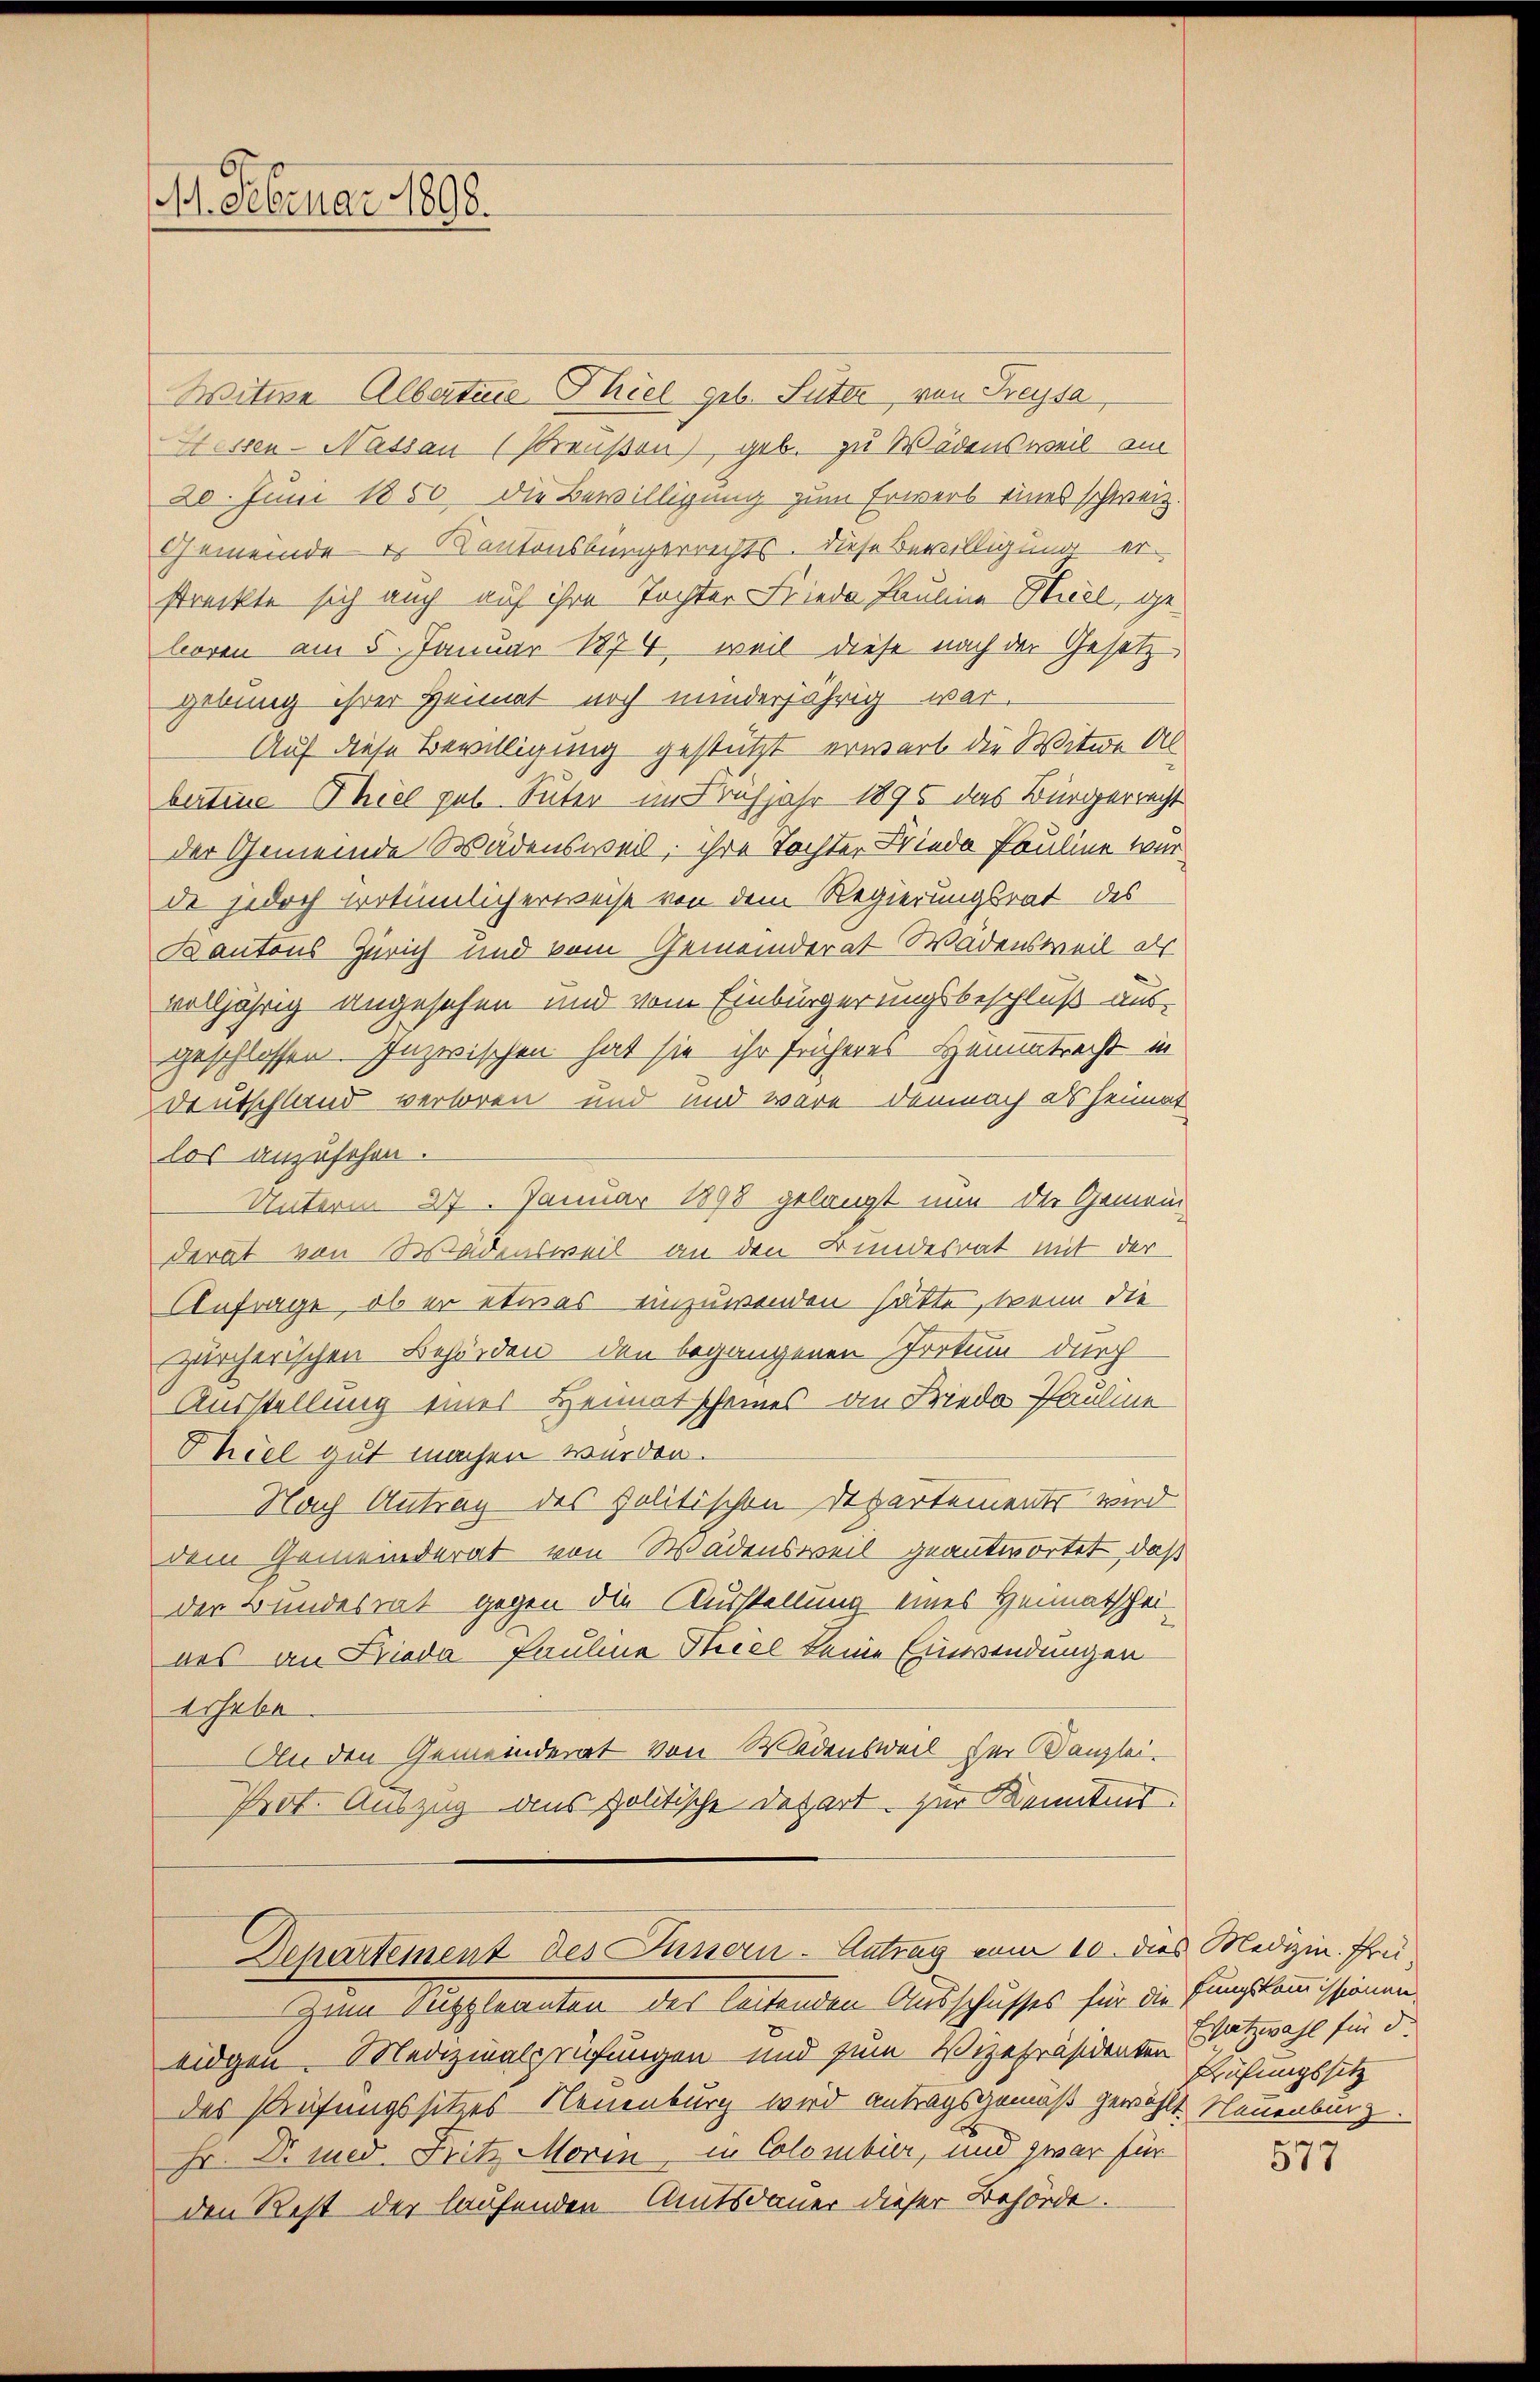
M. Februar 1898.

Departement des Fussern - Antrag vom 10. dies Medizin. Frei

Witwe Albertine Thiel geb. Suter, von Freysa
Hessen - Nassau (Preußen) geb. zu Wädensweil am
20. Juni 1850 die Bewilligung zum Erwerb eines schweiz.
Gemeinde & Kantonsbürgerrechts. Diese Bewilligung erstreckte sich auch auf ihre Tochter Friede Pauline Hiel, ge-
boren am 5. Januar 1874, weil diese nach der Gesetz
gebung ihrer Heimat noch minderjährig war.
Auf diese Bewilligung gestützt erwart die Witwe Albertine Thiel gut. Suter im Frühjahr 1895 das Bürgerrecht
der Gemeinde Wädensweil, ihre Tochter Friede Pauline war
de jedoch trotümlicherweise von dem Regierungsrat des
Kantons Zürich und kein Gemeinderat Wädensweil als
volljährig angesehen und vom Einbürgerungsbeschluß aus-
geschlossen. Inzwischen hat sie ihr früheres Hementrecht in
Deutschland verloren und und wäre demnach als heimat
los anzusehen.
Unterm 27. Januar 1898 gelangt nun die Gemein-
derat von Wädensweil an den Bundesrat mit der
Anfrage, ob er etwas einzuwenden hätte, wenn die
zürcherischen Behörden den begangenen Irrtum durch
Ausstellung eines Heimatscheines an Frieda Pauline
Phiel gut machen wurden.
Nach Antrag des politischen Departements wird
dem Gemeinderat von Wädensweil geantwortet, daß
der Bundesrat gegen die Ausstellung eines Heimatscheines an Frieda Pauline Thiel keine Einwendungen
Erhebe
An den Gemeinderat von Wädensweil der Kanzlei.
Prot. Auszug aus politische Depart. zur Kenntnis

Zum enzpleanten des leitenden Ausschusses für die fungskommissionen
eidgen. Medizinalprüfungen und zum Vizepräsidenten Satzwahl für di
des Prüfungssitzes-Neuenburg wird antragsgemäß gewählt. Neuenburg
Hr. Dr. med. Fritz Morin in Colomber, und zwar für
den Rest der laufenden Amtsdauer dieser Behörde.

Prüfungssitz

577